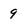
Character: 9